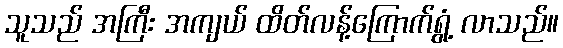
သူသည် အကြီး အကျယ် ထိတ်လန့်ကြောက်ရွံ့ လာသည်။